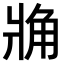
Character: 𧢼